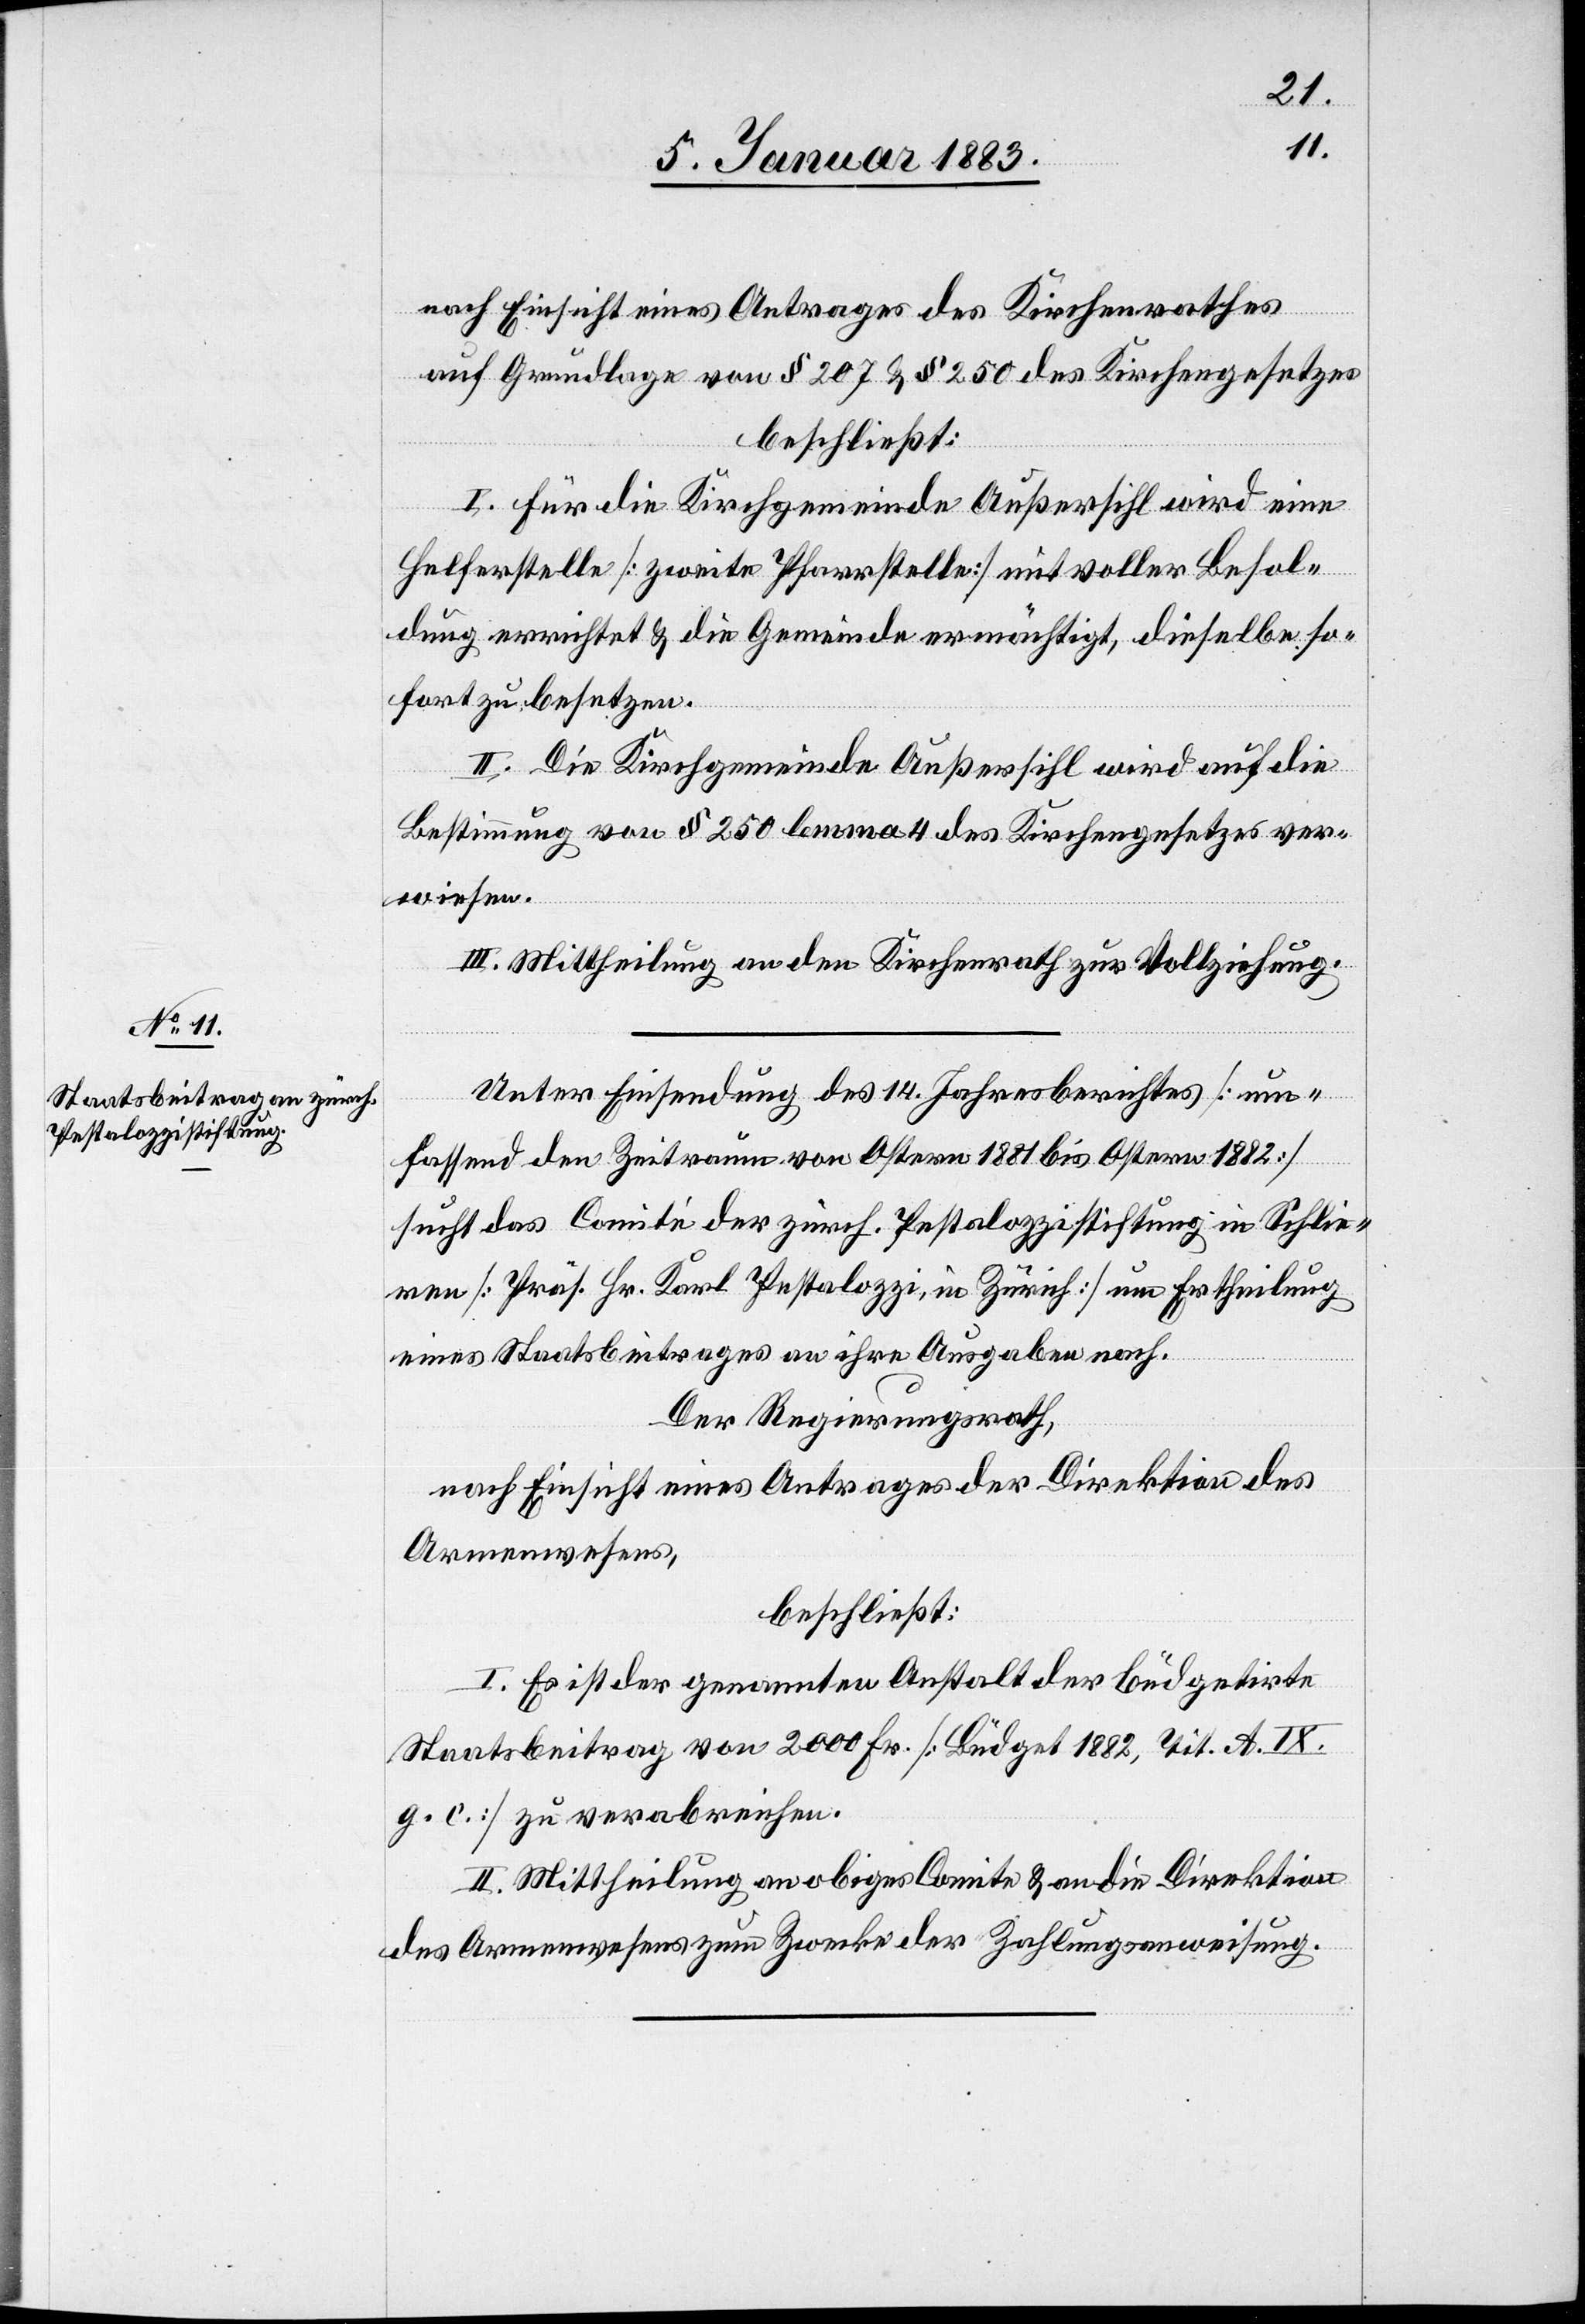
nach Einsicht eines Antrages des Kirchenrathes
auf Grundlage von § 207 & § 250 des Kirchengesetzes
beschließt:
I. Für die Kirchgemeinde Außersihl wird eine
Helferstelle [zweite Pfarrstelle] mit voller Besol¬
dung errichtet & die Gemeinde ermächtigt, dieselbe so¬
fort zu besetzen.
II. Die Kirchgemeinde Außersihl wird auf die
Bestimmung von § 250 lemma 4 des Kirchengesetzes ver¬
wiesen.
III. Mittheilung an den Kirchenrath zur Vollziehung.
Unter Einsendung des 14. Jahresberichtes [um¬
fassend den Zeitraum von Ostern 1881 bis Ostern 1882]
sucht das Comité der zürch. Pestalozzistiftung in Schlie¬
ren [Präs. Hr. Karl Pestalozzi, in Zürich] um Ertheilung
eines Staatsbeitrages an ihre Ausgaben nach.
Der Regierungsrath,
nach Einsicht eines Antrages der Direktion des
Armenwesens,
beschließt:
I. Es ist der genannten Anstalt der büdgetirte
Staatsbeitrag von 2000 Fr. [Büdget 1882, Tit. A. IX.
g. c.] zu verabreichen.
II. Mittheilung an obiges Comite & an die Direktion
des Armenwesens zum Zwecke der Zahlungsanweisung.